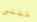
خطتى